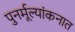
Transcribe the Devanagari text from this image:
पुनर्मूल्यांकनात